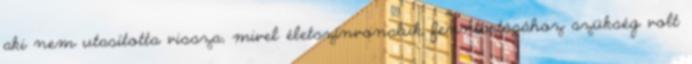
aki nem utasította vissza, mivel életszínvonaluk fenntartásához szükség volt